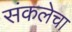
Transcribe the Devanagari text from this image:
संकलेचा